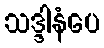
သဒ္ဒါနံပေ